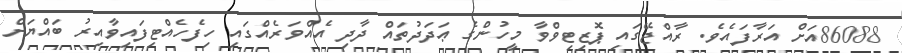
86088އަށް އަރާފައެވެ. ރާއްޖޭގައި ޕޮޒިޓިވްވާ މީހުންގެ ޢަދަދުތައް ދާދި އެއްވަރެއްގައި ހިފެހެއްޓިފައިވާއިރު ބައްޔަށް